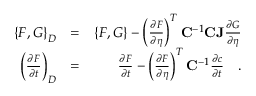
\begin{array} { r l r } { \left\{ F , G \right\} _ { D } } & { = } & { \left\{ F , G \right\} - \left( \frac { \partial F } { \partial \eta } \right) ^ { T } \mathbf { C } ^ { - 1 } \mathbf { C J } \frac { \partial G } { \partial \eta } } \\ { \left( \frac { \partial F } { \partial t } \right) _ { D } } & { = } & { \frac { \partial F } { \partial t } - \left( \frac { \partial F } { \partial \eta } \right) ^ { T } \mathbf { C } ^ { - 1 } \frac { \partial c } { \partial t } \quad . } \end{array}